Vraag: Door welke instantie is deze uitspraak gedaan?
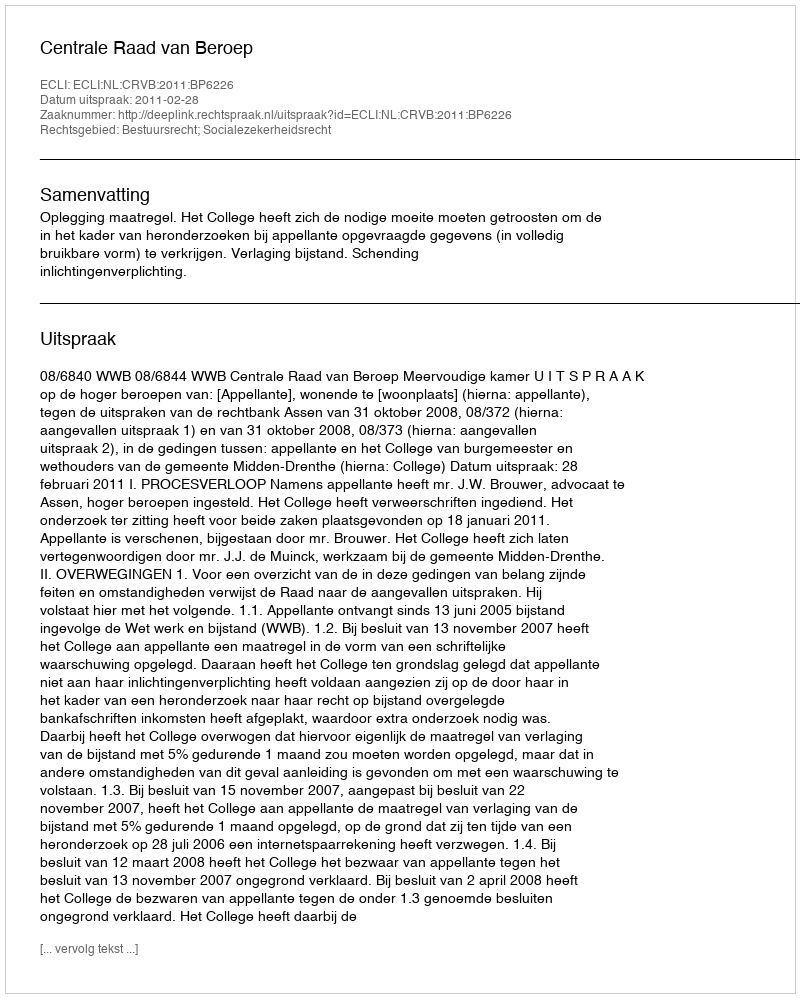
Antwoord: Centrale Raad van Beroep